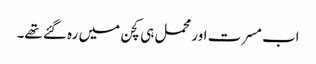
اب مسرت اور محمل ہی کچن میں رہ گئے تھے۔